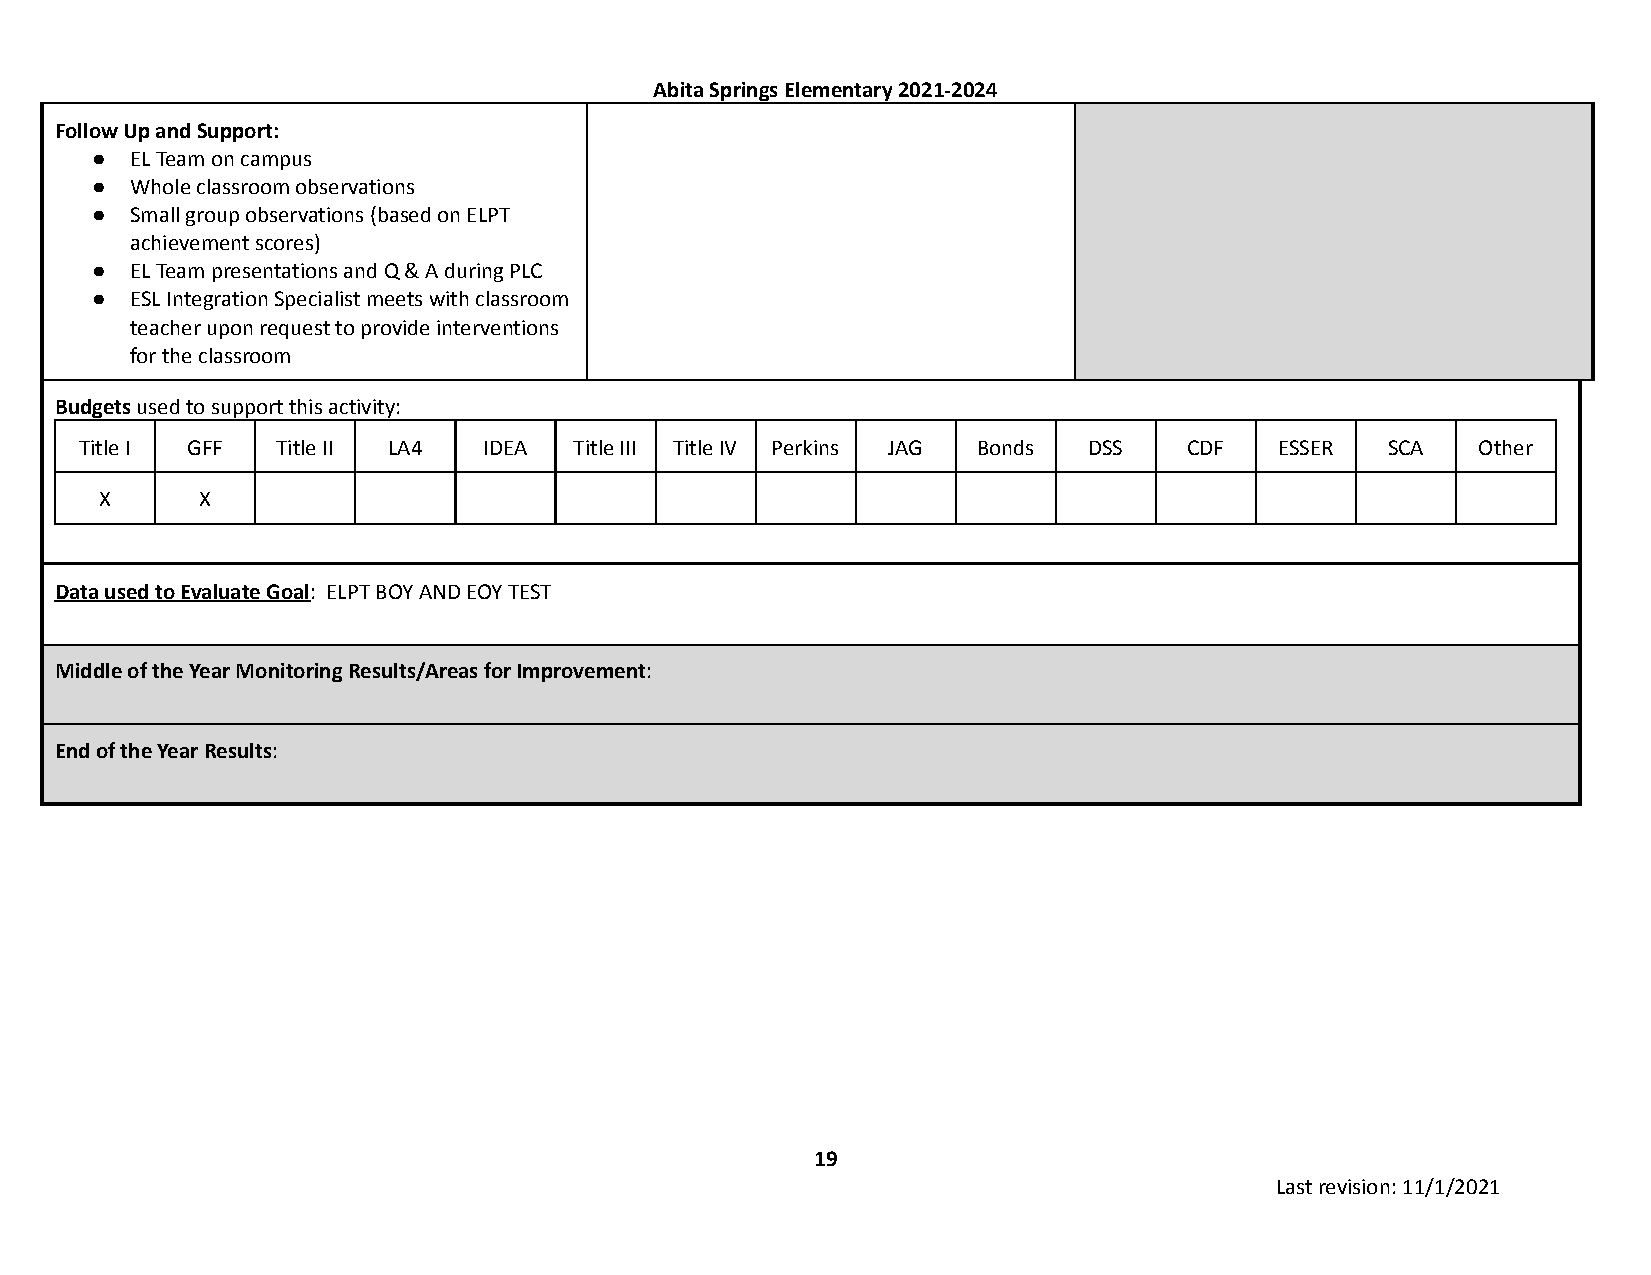
Abita Springs Elementary 2021-2024
 Follow Up and Support:
 ●  EL Team on campus
 ●  Whole classroom observations
 ●  Small group observations (based on ELPT
 achievement scores)
 ●  EL Team presentations and Q & A during PLC
 ●  ESL Integration Specialist meets with classroom
 teacher upon request to provide interventions
 for the classroom
 Budgetsused to support this activity:
 Title I GFF  Title II LA4  IDEA  Title III Title IV Perkins JAG Bonds DSS CDF   ESSER  SCA   Other
 X     X
 Data used to Evaluate Goal: ELPT BOY AND EOY TEST
 Middle of the Year Monitoring Results/Areas for Improvement:
 End of the Year Results:
 19
 Last revision: 11/1/2021